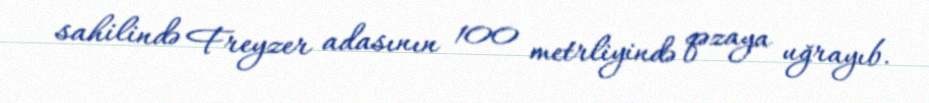
sahilində Freyzer adasının 100 metrliyində qəzaya uğrayıb.